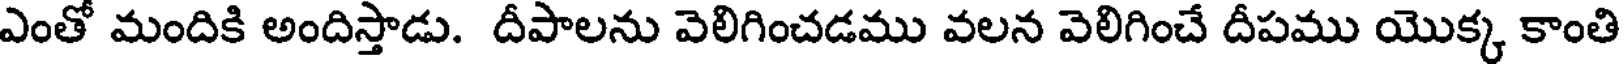
ఎంతో మందికి అందిస్తాడు. దీపాలను వెలిగించడము వలన వెలిగించే దీపము యొక్క కాంతి